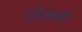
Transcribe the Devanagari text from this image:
गोदावी